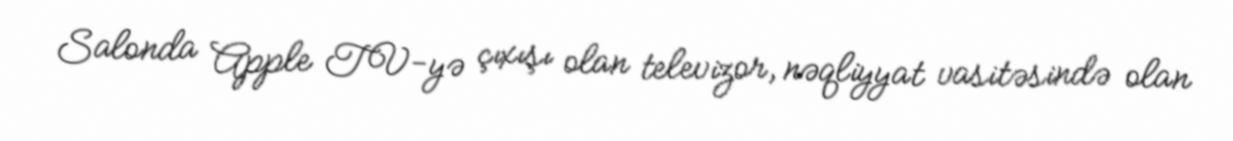
Salonda Apple TV-yə çıxışı olan televizor, nəqliyyat vasitəsində olan